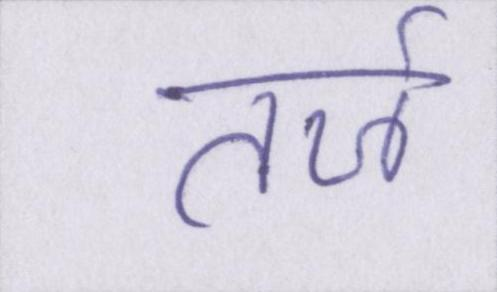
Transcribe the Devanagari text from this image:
तर्ज